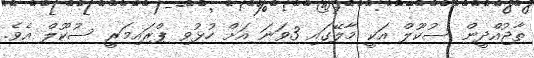
ތާޖުއްދީން ސުކޫލް އަކީ މާލޭގައި 3ވަނަ އަށް ހުޅުވި ޕްރައިމަރީ ސުކޫލް އެވެ.